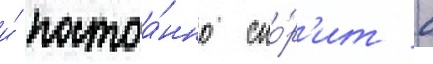
и́ постоа́нно спо́р'ит с